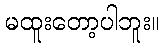
မထူးတော့ပါဘူး။